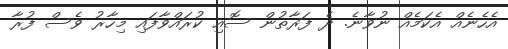
އެހެނެއް އެކަމެއް ނުވާނެ. ދެ ފަރާތުން ސޮއި ކުރައްވާފައި މިހާރު ވެސް ފުރާ